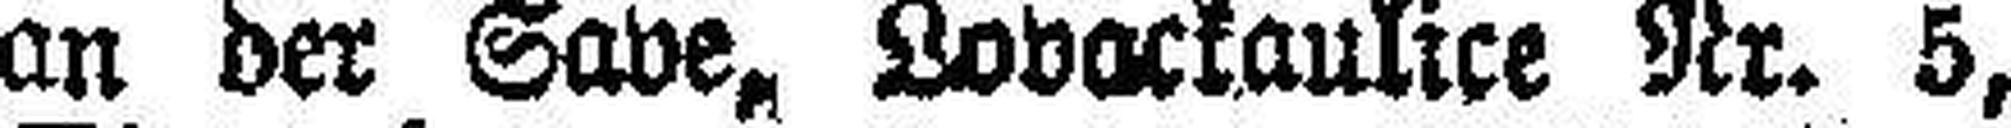
an der Save, Lovackaulice Nr. 5,